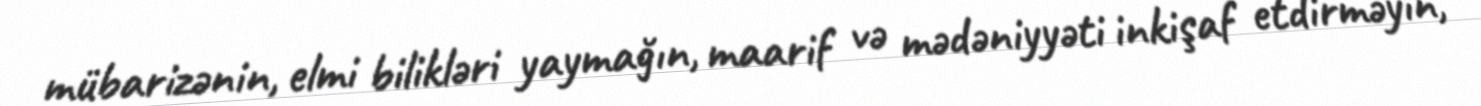
mübarizənin, elmi bilikləri yaymağın, maarif və mədəniyyəti inkişaf etdirməyin,